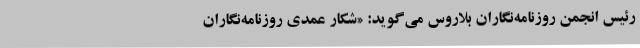
رئیس انجمن روزنامه‌نگاران بلاروس می‌گوید: «شکار عمدی روزنامه‌نگاران